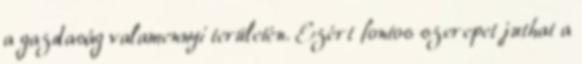
a gazdaság valamennyi területén. Ezért fontos szerepet juthat a